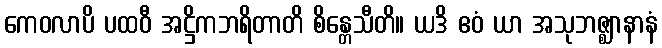
ကေဝလာပိ ပထဝီ အဋ္ဌိကဘရိတာတိ စိန္တေသီတိ။ ယဒိ ဧဝံ ယာ အသုဘဇ္ဈာနာနံ